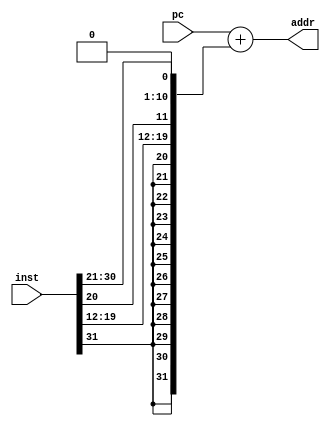
module jal_addr (pc,inst,addr); // 32-bit jal address
    input  [31:0] pc,inst;
    output [31:0] addr;

    // bit 31   30:21  20   19:12        11:7     6     0
    // imm[20 | 10:1 | 11 | 19:12]        rd      1101111 | jal    rd,  offset[20:1]

    //                            31:20         19:12       11       10:1      0
    wire   [31:0] offset = {{12{inst[31]}},inst[19:12],inst[20],inst[30:21],1'b0}; // jal
    assign addr = pc + offset;
endmodule